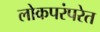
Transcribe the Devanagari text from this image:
लोकपरंपरेत